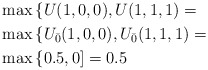
\begin{align*}&\max\left\{U(1,0,0), U(1,1,1) = \right.\\&\max\left\{ U_{\bar{0}}(1,0,0), U_{\bar{0}}(1,1,1)=\right.\\&\max\left\{0.5,0] = 0.5\right.\end{align*}